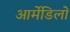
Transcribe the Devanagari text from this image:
आर्मेडिलो